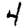
Digit: 4